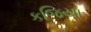
કજિયા